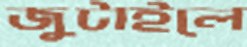
জুটাইলে